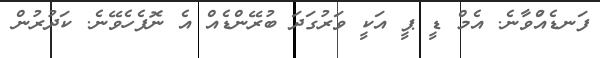
ފަނޑެއްުވާނެ. އެމް ޑީ ޕީ އަކީ ވަރުގަދަ ބުރޭންޑެއް އެ ނޮފެހެވޭނެ. ކަދުރުން